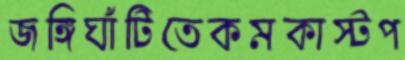
জঙ্গিঘাঁটিতেকমকাস্টপ